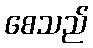
စေသည်